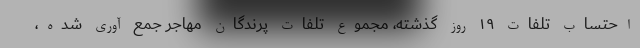
احتساب تلفات ۱۹ روز گذشته، مجموع تلفات پرندگان مهاجر جمع آوری شده،